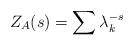
LaTeX: \begin{align*}Z_A(s) = \sum \lambda_k^{-s}\end{align*}